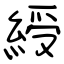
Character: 綬